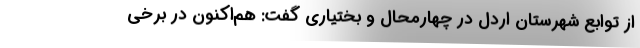
از توابع شهرستان اردل در چهارمحال و بختیاری گفت: هم‌اکنون در برخی